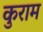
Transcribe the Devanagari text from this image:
कुराम